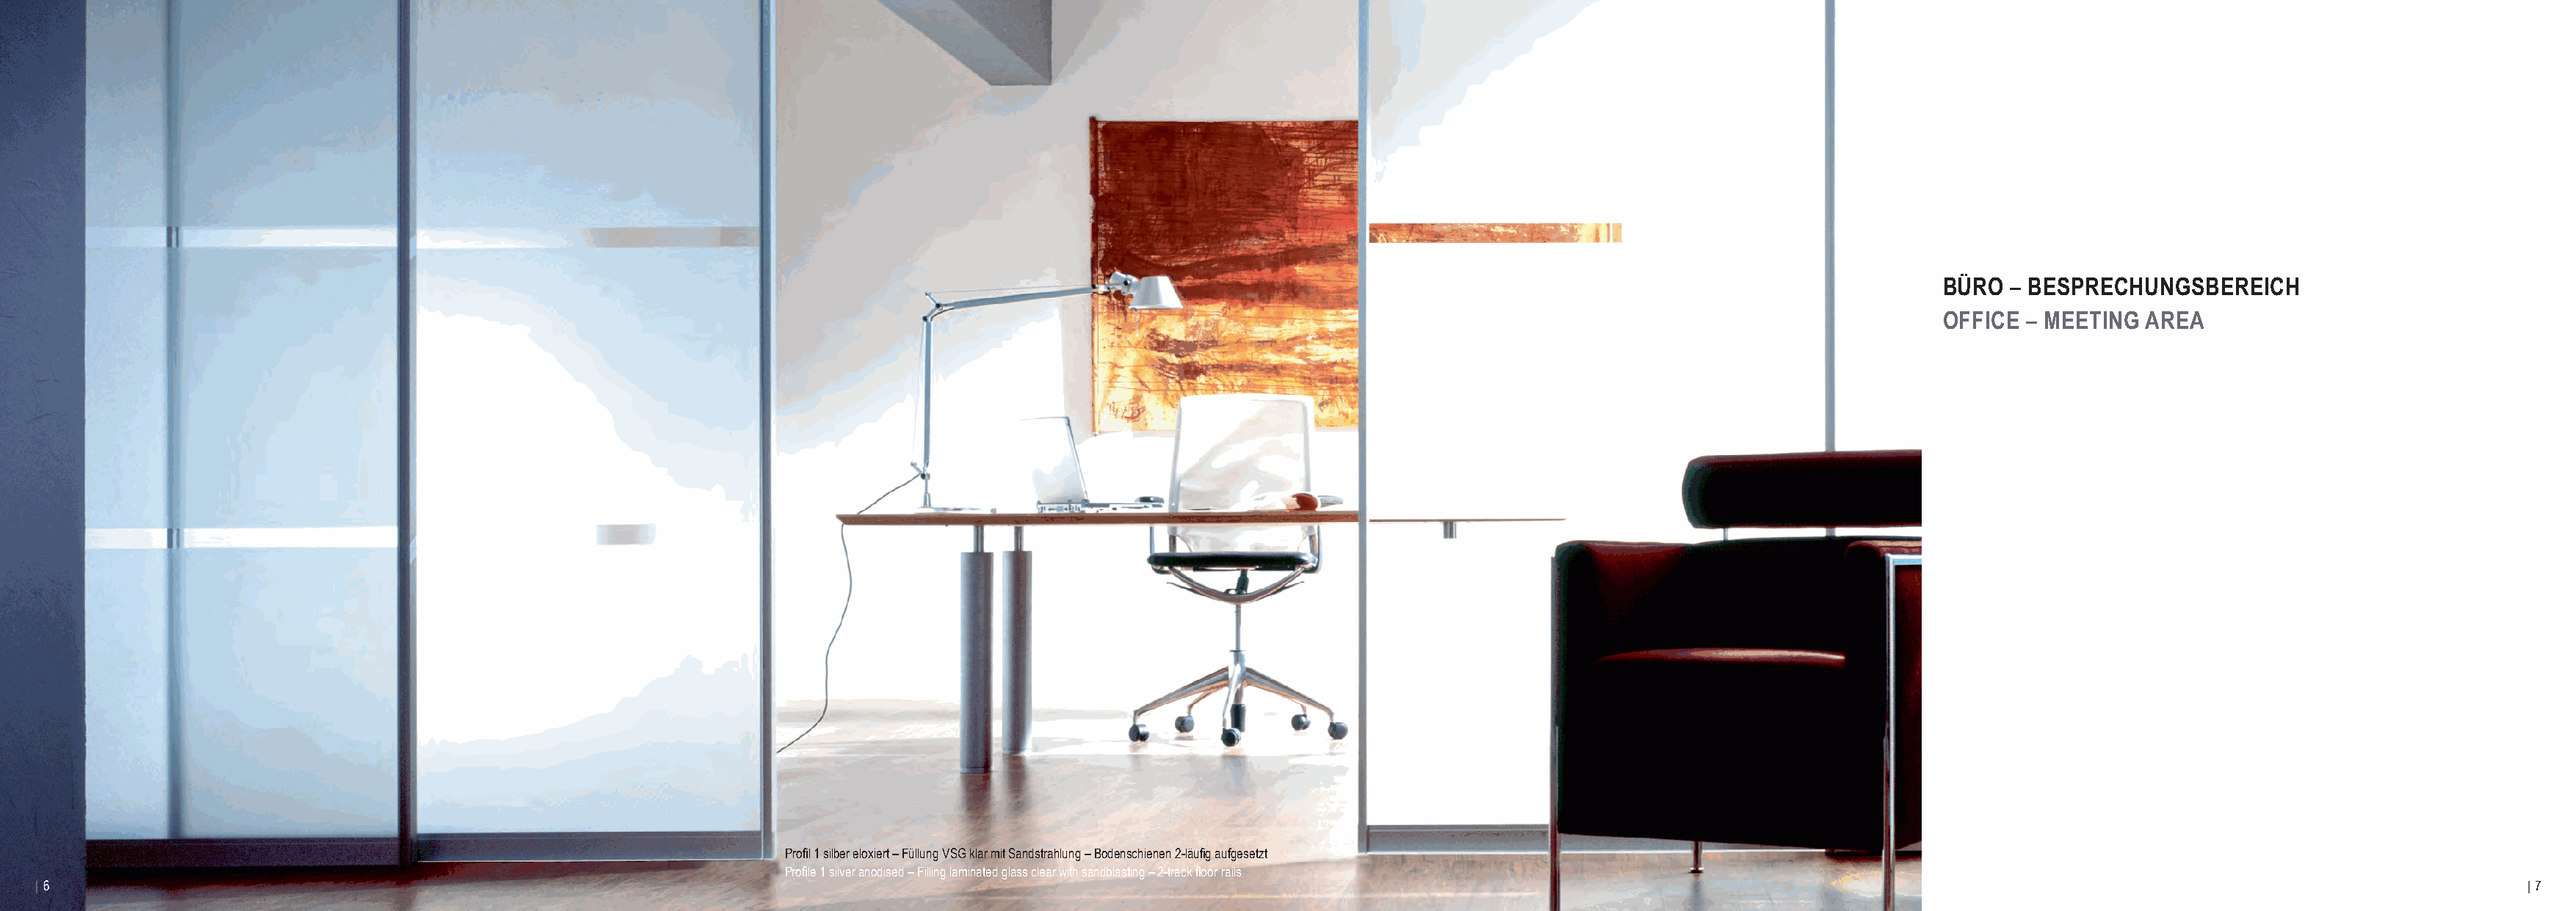
BÜRO  – BESPRECHUNGSBEREICH
 OFFICE  – MEETING AREA
 Profil 1 silber eloxiert – Füllung VSG klar mit Sandstrahlung – Bodenschienen 2-läufig aufgesetzt
 Profile 1 silver anodised – Filling laminated glass clear with sandblasting – 2-track floor rails
 | 6                                                                                                                                                                                                                              | 7